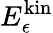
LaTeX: E_{\epsilon}^{\mathrm{kin}}